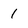
Character: 1